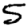
Digit: 5